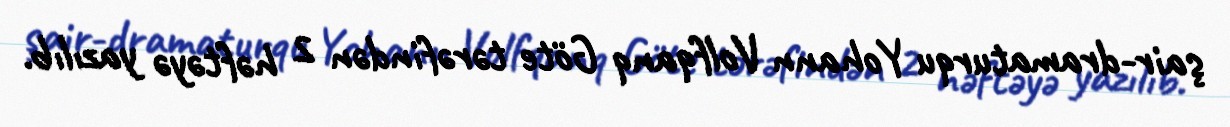
şair-dramaturqu Yohann Volfqanq Göte tərəfindən 2 həftəyə yazılıb.